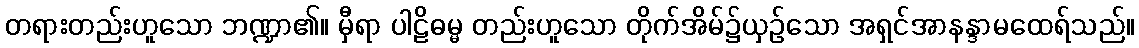
တရားတည်းဟူသော ဘဏ္ဍာ၏။ မှီရာ ပါဠိဓမ္မ တည်းဟူသော တိုက်အိမ်၌ယှဉ်သော အရှင်အာနန္ဒာမထေရ်သည်။